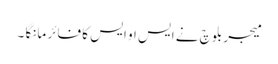
میجر بلوچ نے ایس او ایس کا فائر مانگا ۔